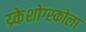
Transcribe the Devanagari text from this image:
य्र्केशोग्स्कोला